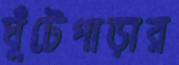
ঘুঁটেপাড়ার